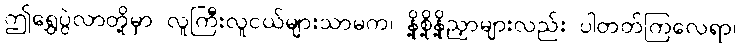
ဤရွှေပွဲလာတို့မှာ လူကြီးလူငယ်များသာမက၊ နို့စို့နို့ညှာများလည်း ပါတတ်ကြလေရာ၊